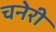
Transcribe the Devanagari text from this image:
चनेरी